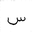
Letter: _sin